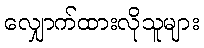
လျှောက်ထားလိုသူများ